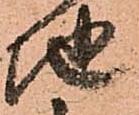
地